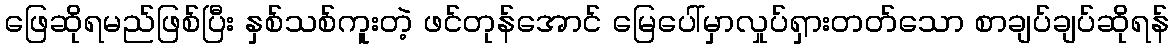
ဖြေဆိုရမည်ဖြစ်ပြီး နှစ်သစ်ကူးတဲ့ ဖင်တုန်အောင် မြေပေါ်မှာလှုပ်ရှားတတ်သော စာချပ်ချပ်ဆိုရန်